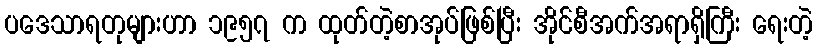
ပဒေသာရတုများဟာ ၁၉၅၇ က ထုတ်တဲ့စာအုပ်ဖြစ်ပြီး အိုင်စီအက်အရာရှိကြီး ရေးတဲ့